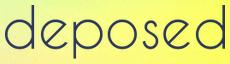
deposed